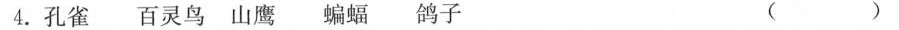
4.孔雀 百灵鸟 山鹰 蝙蝠 鸽子 ( )